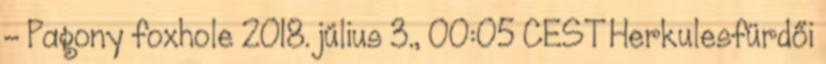
– Pagony foxhole 2018. július 3., 00:05 CEST Herkulesfürdői